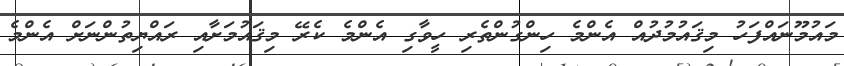
މައުމޫނައްފަހު މިޤައުމުދުއް އެންމެ ހިންގުންތެރި ހީވާގި އެންމެ ކެރޭ މިޤައުމަށާއި ރައްޔިތުންނަށް އެންމެ